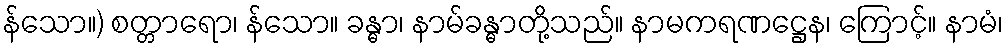
န်သော။) စတ္တာရော၊ န်သော။ ခန္ဓာ၊ နာမ်ခန္ဓာတို့သည်။ နာမကရဏဋ္ဌေန၊ ကြောင့်။ နာမံ၊